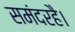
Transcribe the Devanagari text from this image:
समंदरहै।